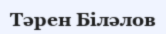
Тәрен Біләлов